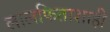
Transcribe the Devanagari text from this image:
लालफिताशाही